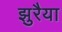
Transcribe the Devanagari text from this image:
झुरैया